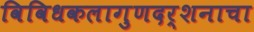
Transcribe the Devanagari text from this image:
विविधकलागुणदर्शनाचा